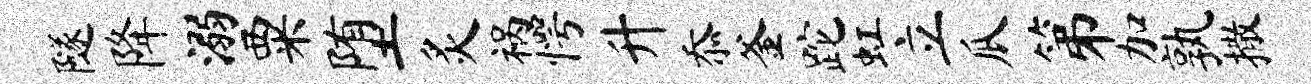
隧降溺粟堕炙祸愕升忝釜跎虹立瓜第加孰撒